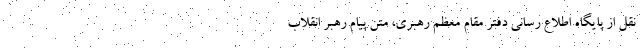
نقل از پایگاه اطلاع رسانی دفتر مقام معظم رهبری، متن پیام رهبر انقلاب